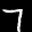
Label: 7